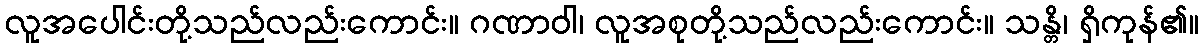
လူအပေါင်းတို့သည်လည်းကောင်း။ ဂဏာဝါ၊ လူအစုတို့သည်လည်းကောင်း။ သန္တိ၊ ရှိကုန်၏။